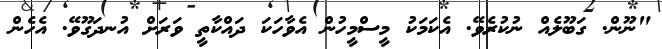
"ނޫން. ގަބޫލެއް ނުކުރެވޭ. އެކަމަކު މީސްމީހުން އެވާހަކަ ދައްކާތީ ވަރަށް އުނދަގޫވޭ. އެހެން